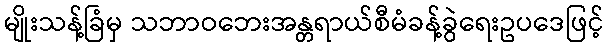
မျိုးသန့်ခြံမှ သဘာဝဘေးအန္တရာယ်စီမံခန့်ခွဲရေးဥပဒေဖြင့်